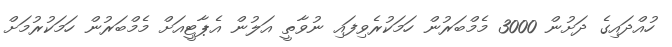
ހުއްދައިގެ ދަށުން 3000 މެމްބަރުން ހަމަކުރެވިފައި ނުވާތީ އަލުން އެޕާޓީއަށް މެމްބަރުން ހަމަކުރުމަށް